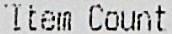
ITEM COUNT